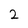
Character: 2